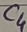
Text: C4